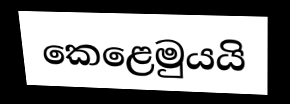
කෙළෙමුයයි